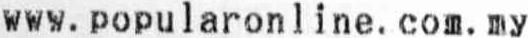
WWW. POPULARONLINE. COM. MY